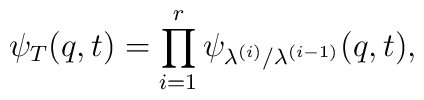
\psi_{T}(q,t) = \prod_{i=1}^r \psi_{\lambda^{(i)}/\lambda^{(i-1)}}(q,t),